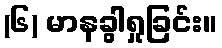
(၆) မာနခွါရှုခြင်း။